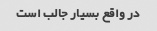
در واقع بسیار جالب است